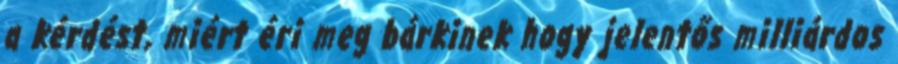
a kérdést, miért éri meg bárkinek hogy jelentős milliárdos